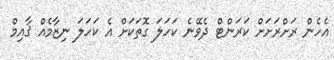
އެހެން ރަށްރަށަށް ކަރަންޓް ދެވޭނެ ކަހަލަ ގޮތަކަށް އެ ކަހަލަ ނިޒާމެއް ޤާއިމް